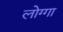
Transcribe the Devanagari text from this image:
लोग्गा